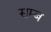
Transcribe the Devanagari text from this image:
सम्ब